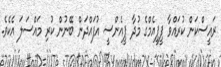
ރައީސްކަން ކުރައްވާ ޕީޕީއެމްގެ މުދާ ޕީއެންސީ އުފައްދަން ބޭނުން ކުރި މައްސަލަ އެކެވެ.